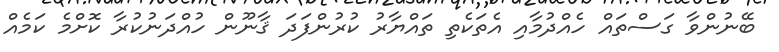
ބޭނުންވާ ގަސްތައް ހެއްދުމާއި އެތަކެތި ތައްޔާރު ކުރުންފަދަ ޤާނޫން ހުއްދަނުކުރާ ކޮށްމެ ކަމެއް